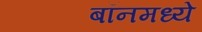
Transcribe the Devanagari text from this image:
बॉनमध्ये